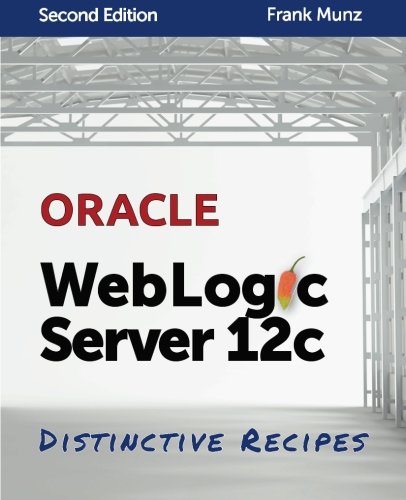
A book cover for Oracle WebLogic Server 12c: Distinctive Recipes: Architecture, Development and Administration; Frank Munz; Computers & Technology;